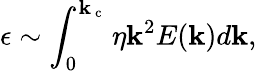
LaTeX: \epsilon\sim\int_{0}^{\mathbf{k}_{\mathrm{{~c~}}}}\eta\mathbf{k}^{2}E(\mathbf{k})d\mathbf{k},